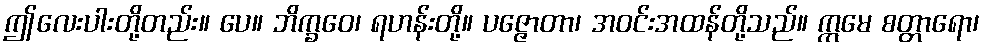
ဤလေးပါးတို့တည်း။ ပေ။ ဘိက္ခဝေ၊ ရဟန်းတို့။ ပဇ္ဇောတာ၊ အဝင်းအထန်တို့သည်။ ဣမေ စတ္တာရော၊